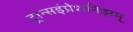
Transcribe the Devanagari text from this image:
ट्रान्सइंप्रेशनिझम्